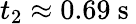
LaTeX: t_{2}\approx 0.69\mathrm{~s~}